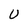
Character: U